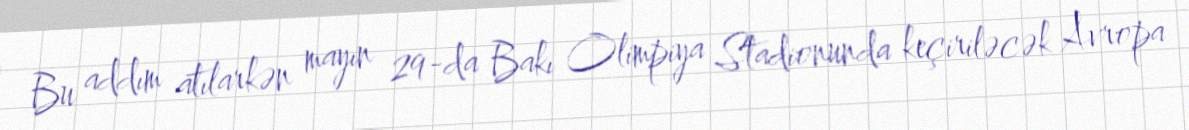
Bu addım atılarkən mayın 29-da Bakı Olimpiya Stadionunda keçiriləcək Avropa